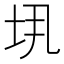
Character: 𫭤